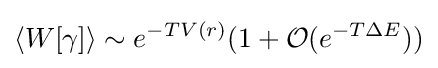
\langle W[\gamma ]\rangle \sim e^{-TV(r)}(1+{\mathcal {O}}(e^{-T\Delta E}))